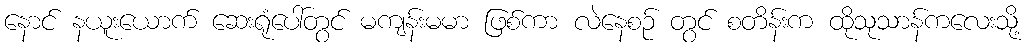
နောင် နယူးယောက် ဆေးရုံပေါ်တွင် မကျန်းမမာ ဖြစ်ကာ လဲနေစဉ် တွင် စတိန်းက ထိုသုသာန်ကလေးသို့